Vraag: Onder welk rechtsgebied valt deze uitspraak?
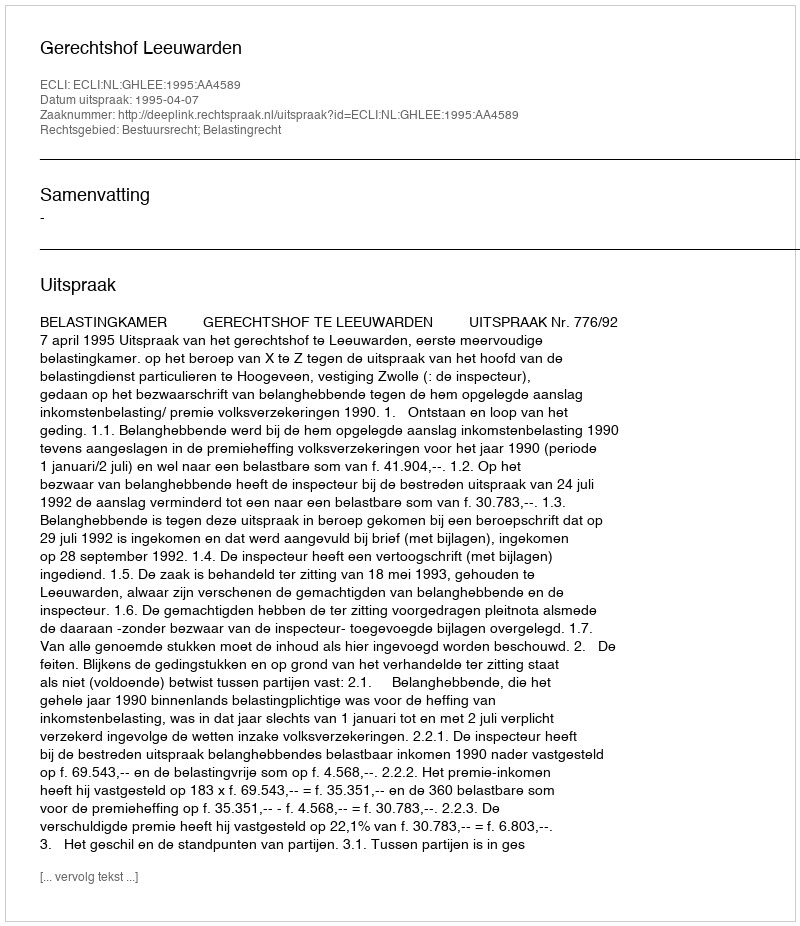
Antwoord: Bestuursrecht; Belastingrecht